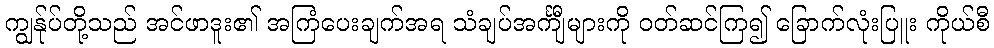
ကျွန်ုပ်တို့သည် အင်ဖာဒူး၏ အကြံပေးချက်အရ သံချပ်အင်္ကျီများကို ဝတ်ဆင်ကြ၍ ခြောက်လုံးပြူး ကိုယ်စီ